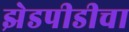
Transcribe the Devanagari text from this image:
झेडपीडीचा